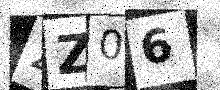
Text: 2Z06